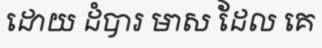
ដោយ ដំបារ មាស ដែល គេ